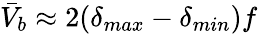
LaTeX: \bar{V}_{b}\approx 2(\delta_{max}-\delta_{min})f